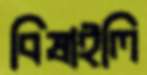
বিষাইলি